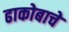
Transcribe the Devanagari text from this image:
ढाकोबाचे